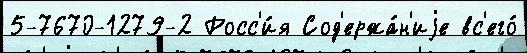
5-7670-1279-2 Росс'и́я Сод'ержа́н'иjе вс'его́